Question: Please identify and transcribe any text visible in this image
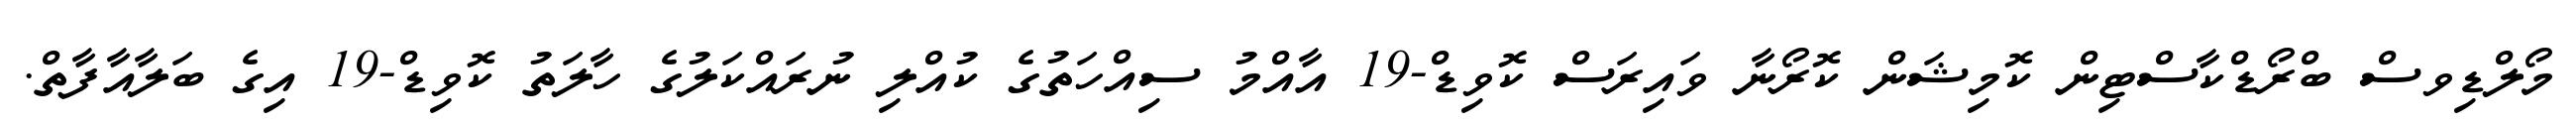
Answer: މޯލްޑިވސް ބްރޯޑްކާސްޓިން ކޮމިޝަން ކޮރޯނާ ވައިރަސް ކޮވިޑް-19 އާއްމު ސިއްހަތުގެ ކުއްލި ނުރައްކަލުގެ ހާލަތު ކޮވިޑް-19 އިގެ ބަލާއާފާތް.